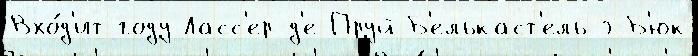
Вхо́д'ит году Ласс'ер-д'е-Пруй Б'елькаст'ель-э-Б'юк